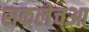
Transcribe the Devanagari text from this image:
सकलेच्आ